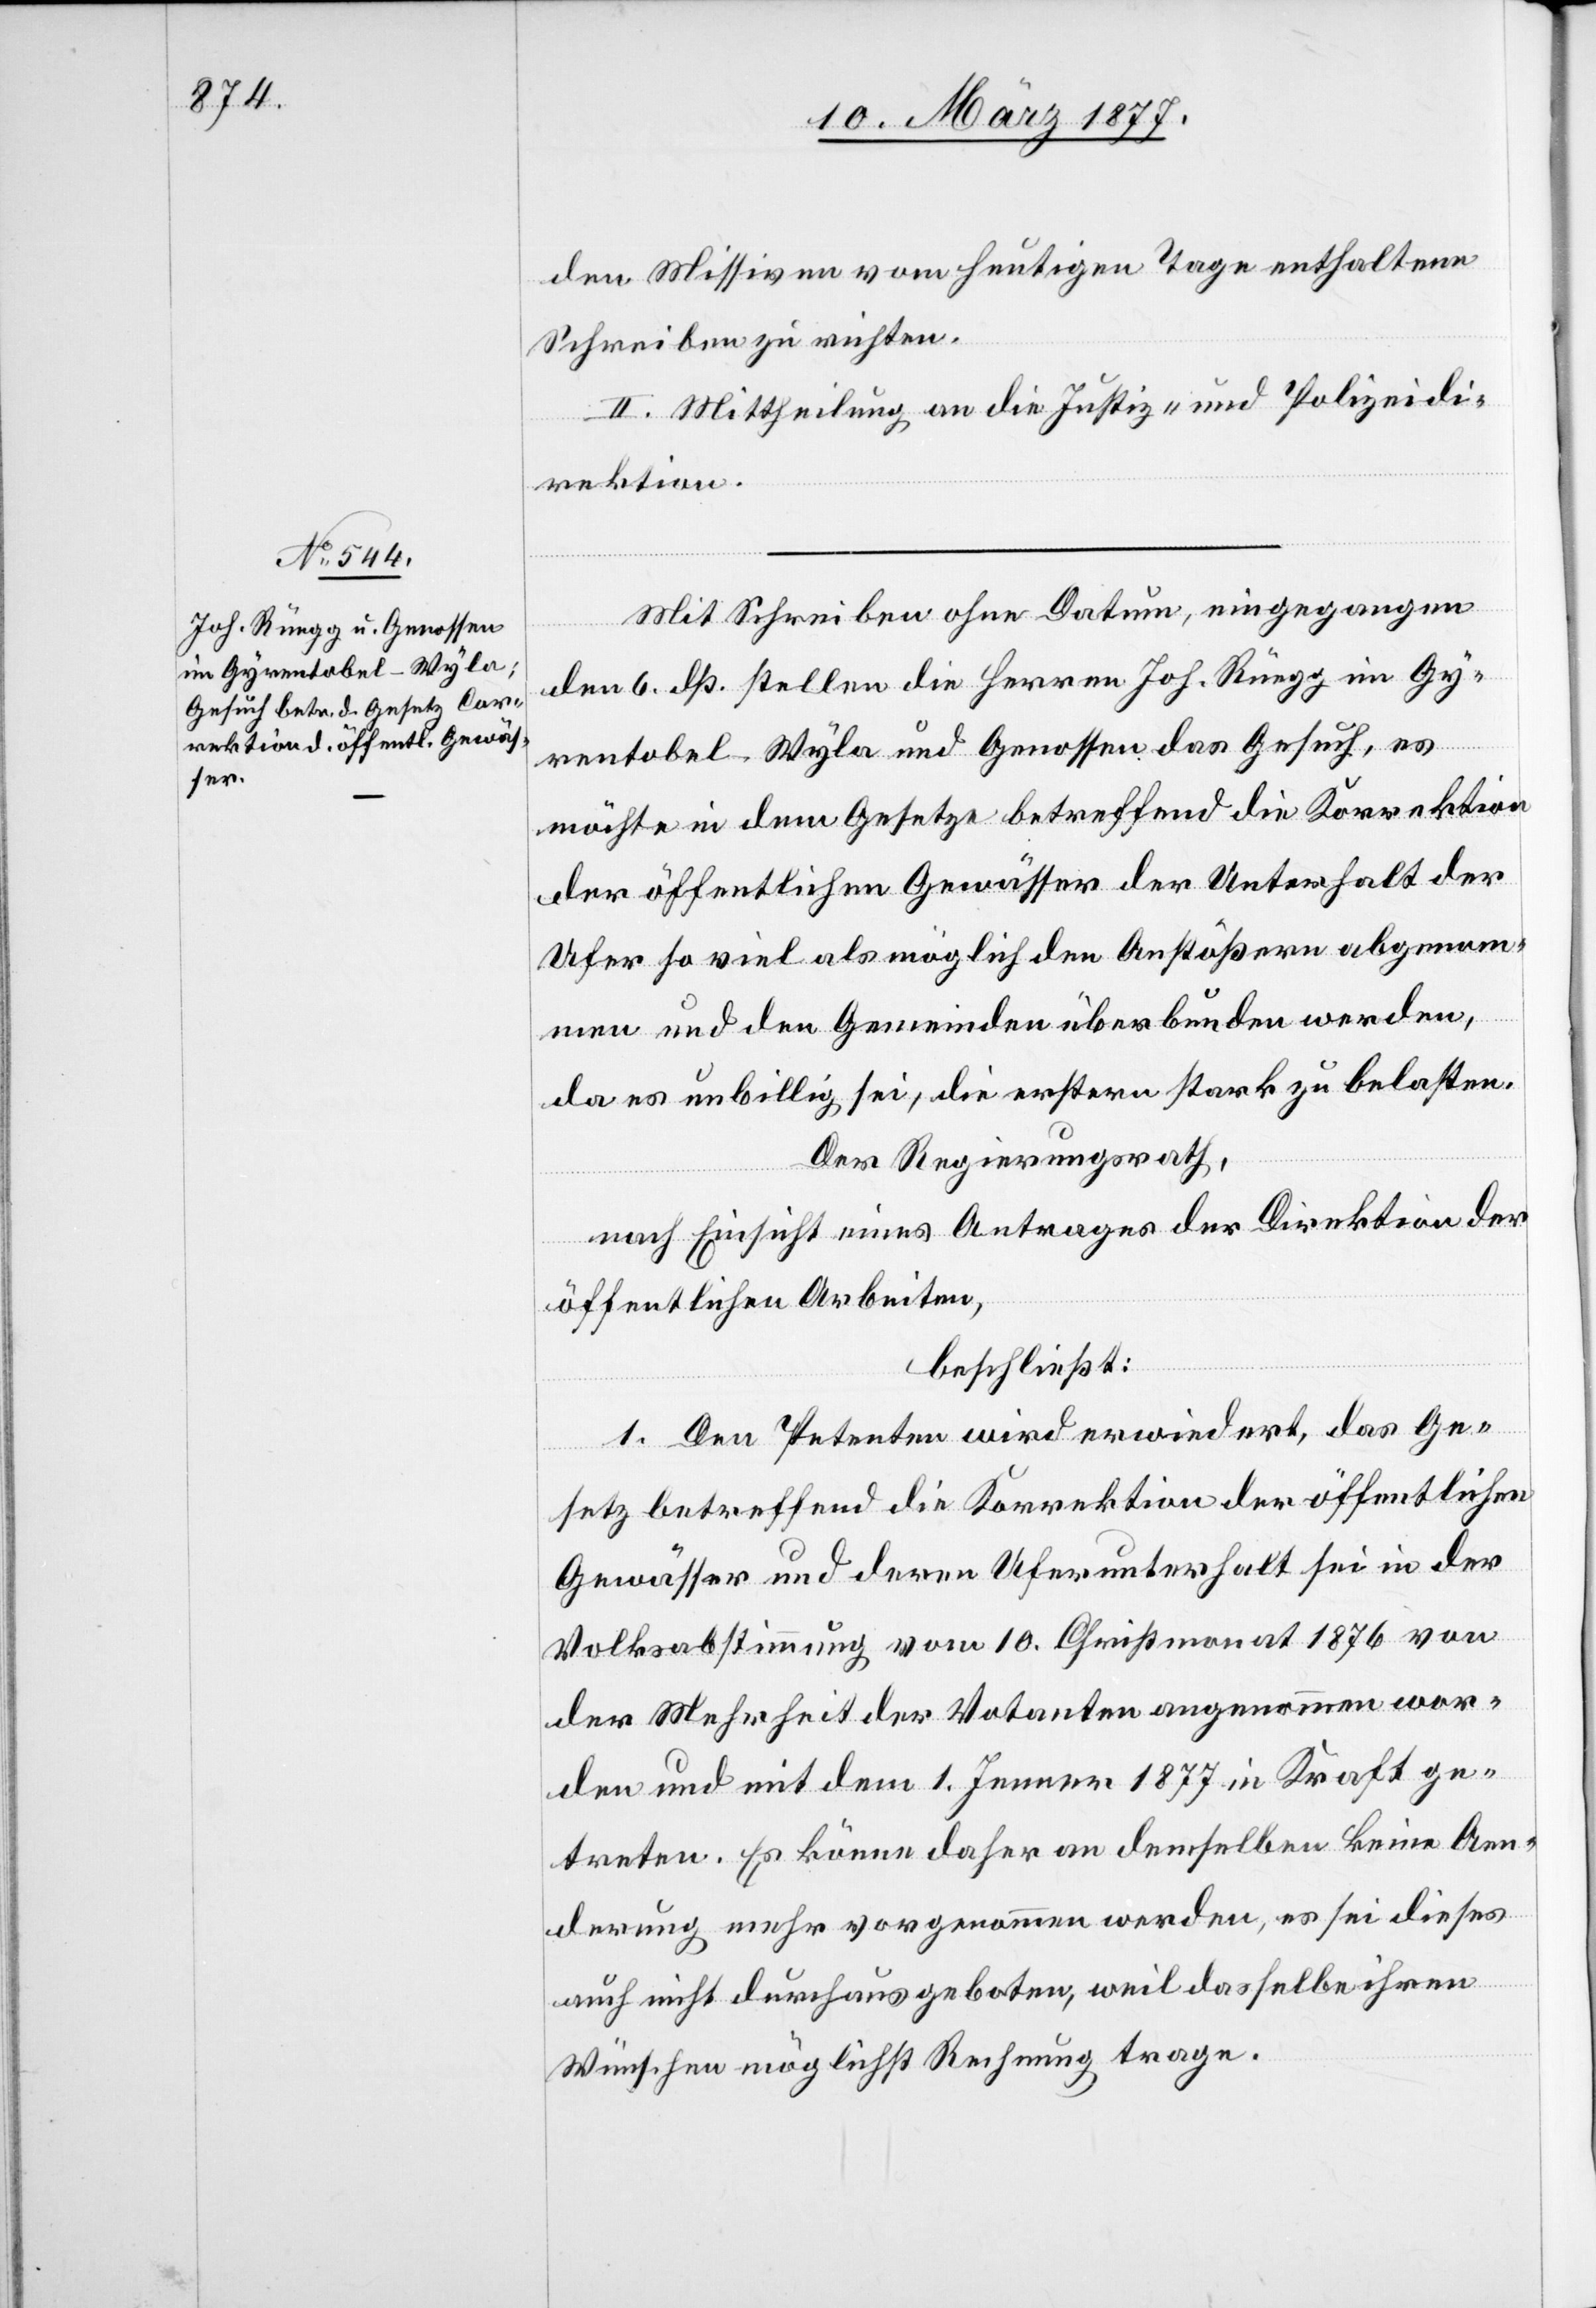
12. März 1877.]
den Missiven vom heutigen Tage enthaltene
Schreiben zu richten.
II. Mittheilung an die Justiz- und Polizeidi¬
rektion.
Mit Schreiben ohne Datum, eingegangen
den 6. dß. stellen die Herren Joh. Rüegg im Gy¬
rentobel - Wyla und Genossen das Gesuch, es
möchte in dem Gesetze betreffend die Korrektion
der öffentlichen Gewässer der Unterhalt der
Ufer so viel als möglich den Anstößern abgenom¬
men und den Gemeinden überbunden werden,
da es unbillig sei, die erstern stark zu belasten.
Der Regierungsrath,
nach Einsicht eines Antrages der Direktion der
öffentlichen Arbeiten,
beschließt:
1. Den Petenten wird erwiedert, das Ge¬
setz betreffend die Korrektion der öffentlichen
Gewässer und deren Uferunterhalt sei in der
Volksabstimmung vom 10. Christmonat 1876 von
der Mehrheit der Votanten angenommen wor¬
den und mit dem 1. Jenner 1877 in Kraft ge¬
treten. Es könne daher an demselben keine Aen¬
derung mehr vorgenommen werden, es sei dieses
auch nicht durchaus geboten, weil dasselbe ihren
Wünschen möglichst Rechnung trage.